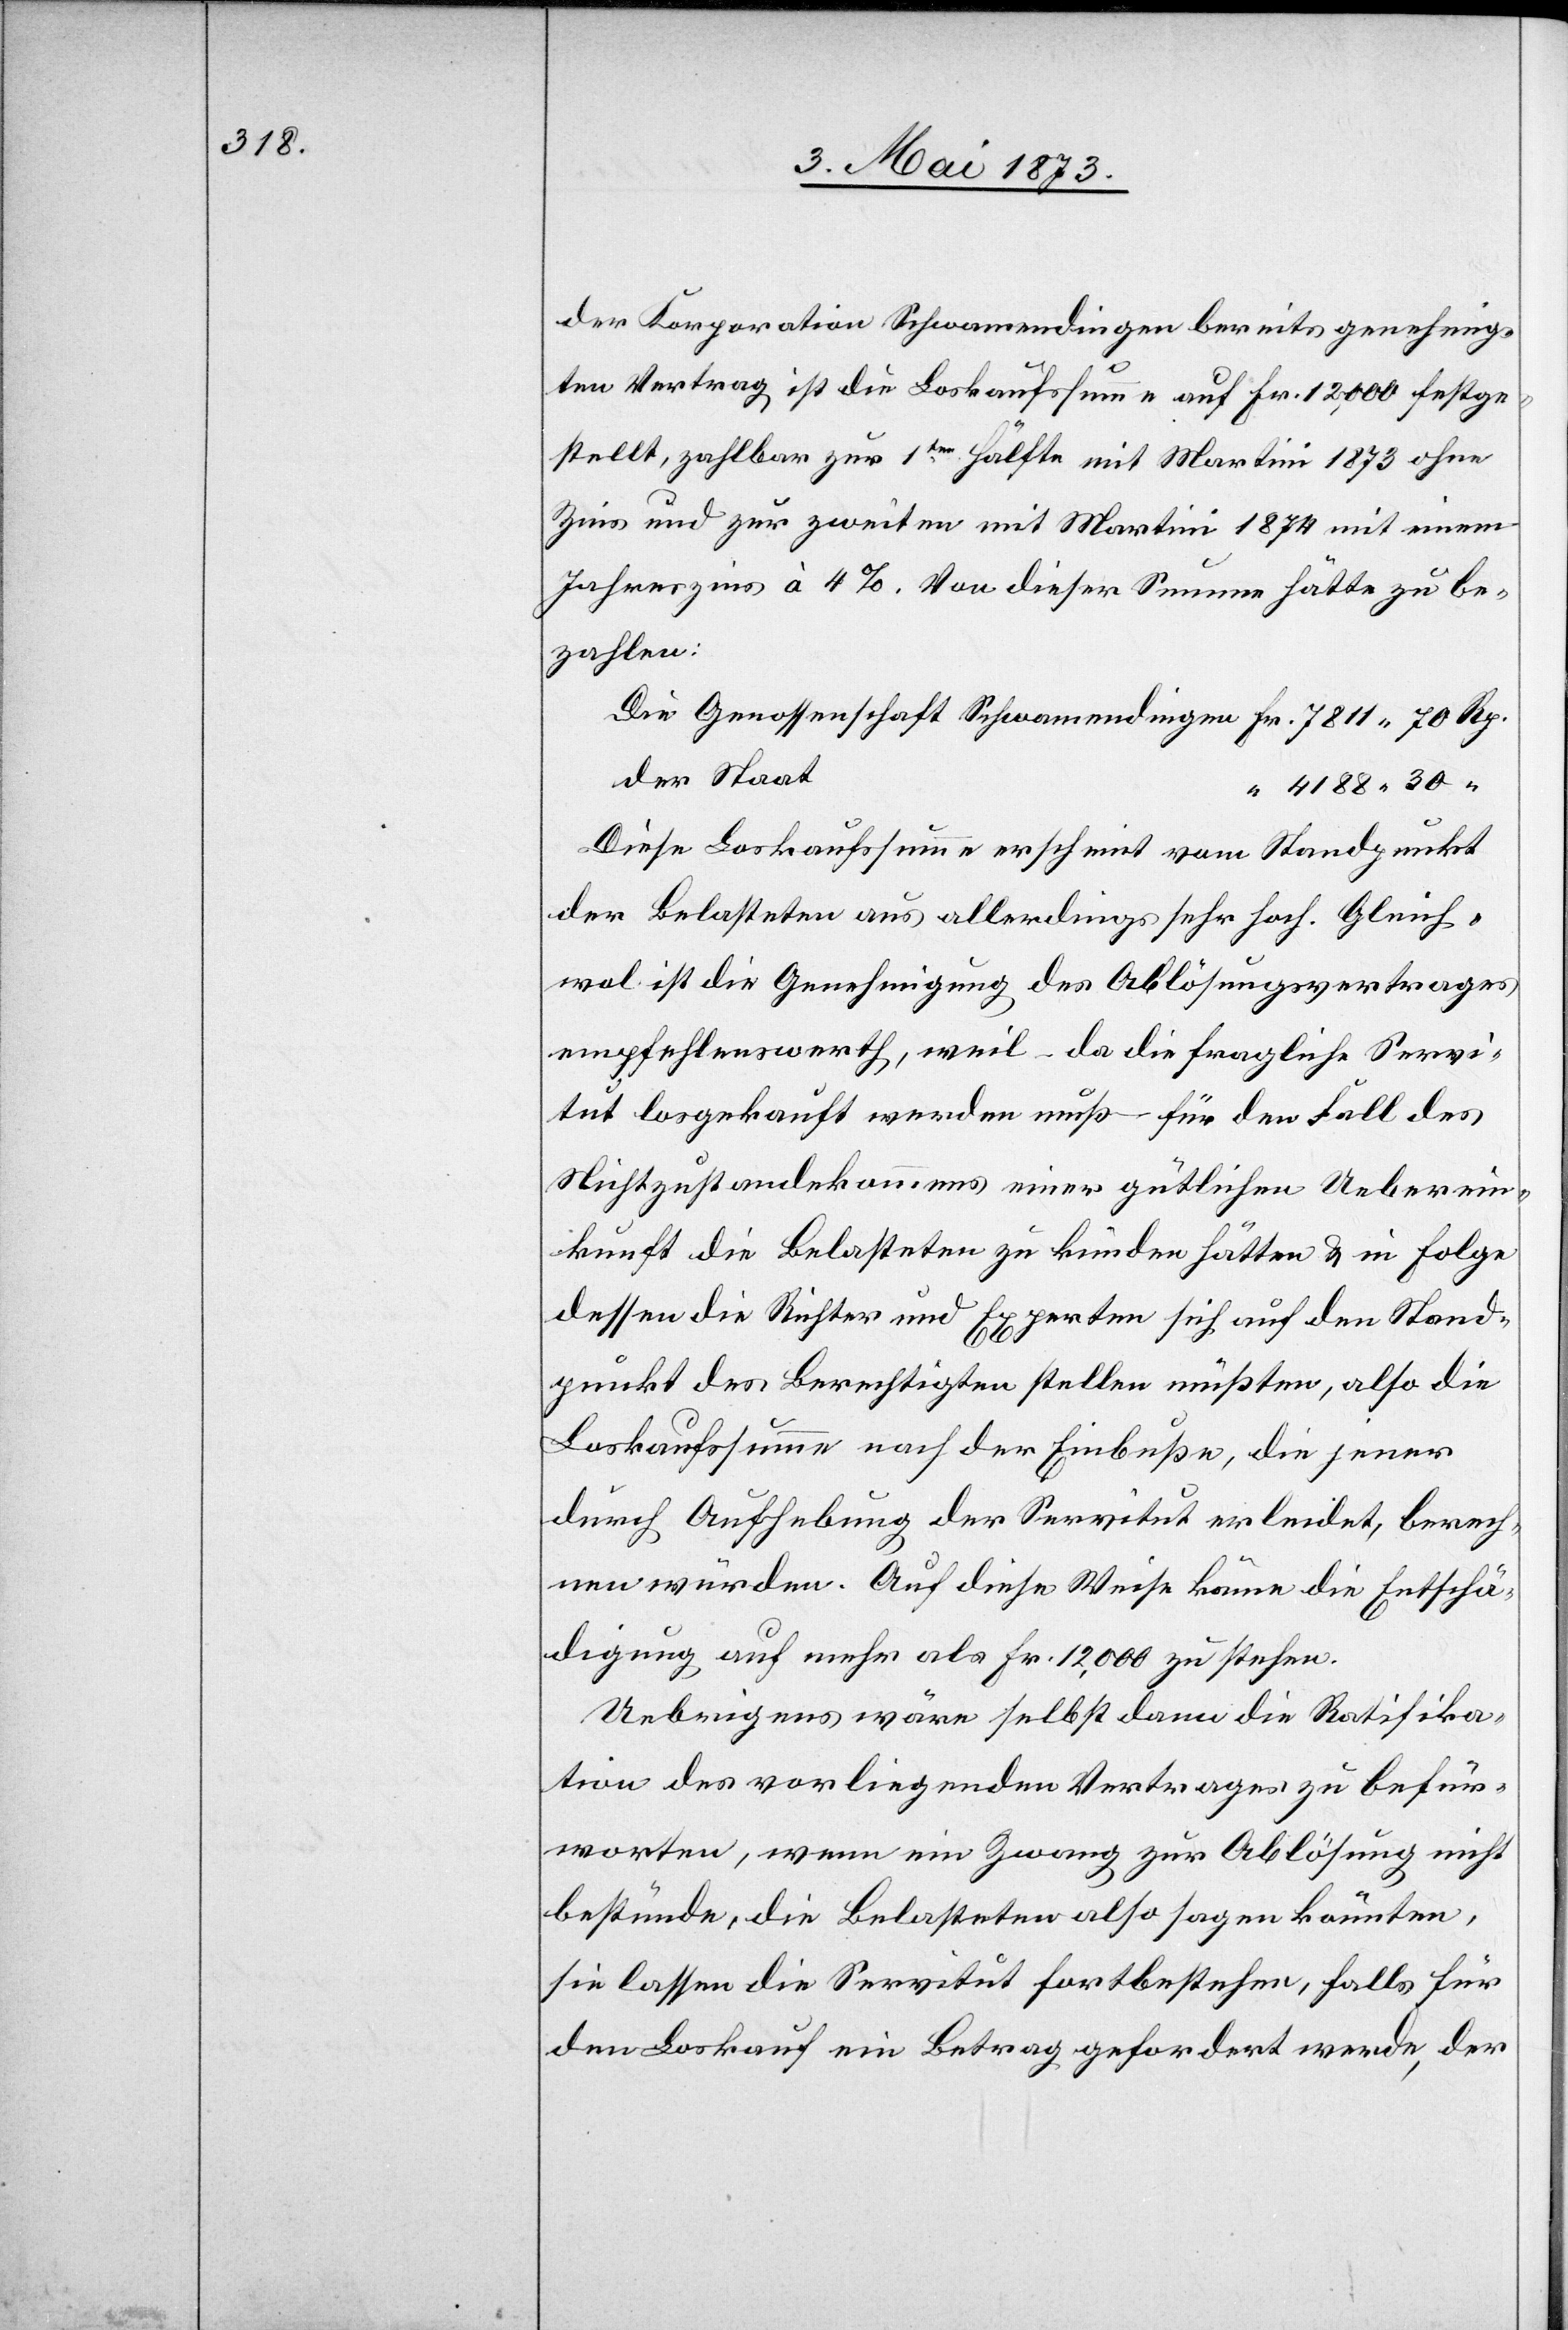
der Korporation Schwamendingen bereits genehmig¬
ten Vertrag ist die Loskaufssumme auf Fr. 12,000 festge¬
stellt, zahlbar zur 1ten Hälfte mit Martini 1873 ohne
Zins und zur zweiten mit Martini 1874 mit einem
Jahreszins à 4%. Von dieser Summe hätte zu be¬
zahlen:
der Staat
4 188 30 “
Diese Loskaufssumme erscheint vom Standpunkt
der Belasteten aus allerdings sehr hoch. Gleich¬
wol ist die Genehmigung des Ablösungsvertrages
empfehlenswerth, weil – da die fragliche Servi¬
tut losgekauft werden muß – für den Fall des
Nichtzustandekommens einer gütlichen Ueberein¬
kunft die Belasteten zu künden hätten & in Folge
dessen die Richter und Experten sich auf den Stand¬
punkt des Berechtigten stellen müßten, also die
Loskaufssumme nach der Einbuße, die jener
durch Aufhebung der Servitut erleidet, berech¬
nen würden. Auf diese Weise käme die Entschä¬
digung auf mehr als Fr. 12,000 zu stehen.
Uebrigens wäre selbst dann die Ratifika¬
tion des vorliegenden Vertrages zu befür¬
worten, wenn ein Zwang zur Ablösung nicht
bestünde, die Belasteten also sagen könnten,
sie lassen die Servitut fortbestehen, falls für
den Loskauf ein Betrag gefordert werde, der